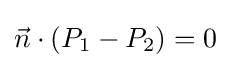
{\vec {n}}\cdot (P_{1}-P_{2})=0